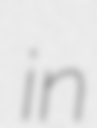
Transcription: in